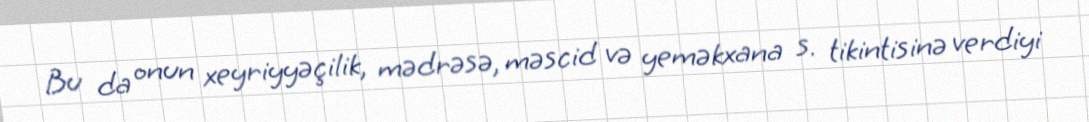
Bu da onun xeyriyyəçilik, mədrəsə, məscid və yeməkxana s. tikintisinə verdiyi